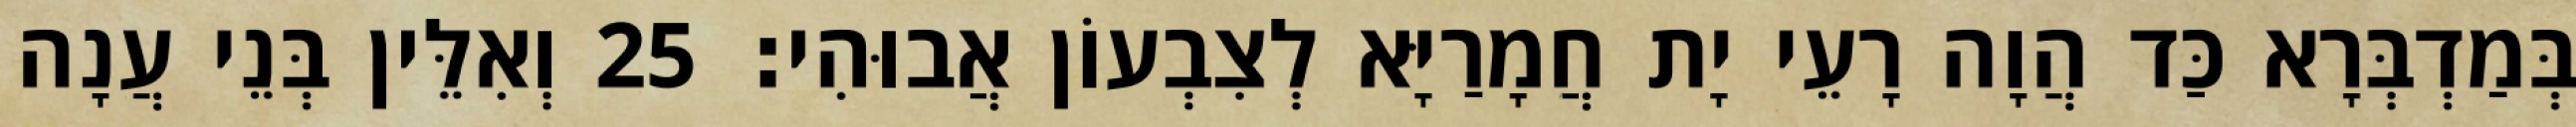
בְּמַדְבְּרָא כַּד הֲוָה רָעֵי יָת חֲמָרַיָּא לְצִבְעוֹן אֲבוּהִי׃ 25 וְאִלֵּין בְּנֵי עֲנָה